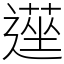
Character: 遳